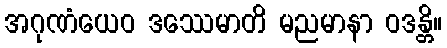
အဂုဏံယေဝ ဒဿေမာတိ မညမာနာ ဝဒန္တိ။